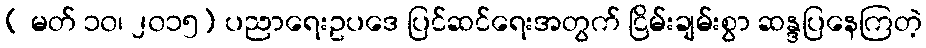
( မတ် ၁၀၊ ၂၀၁၅) ပညာရေးဥပဒေ ပြင်ဆင်ရေးအတွက် ငြိမ်းချမ်းစွာ ဆန္ဒပြနေကြတဲ့